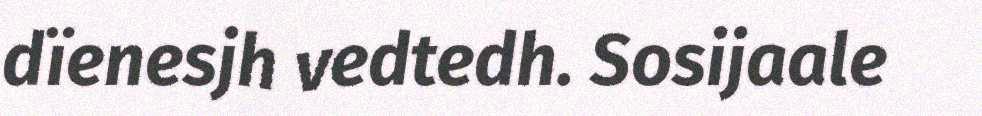
dïenesjh vedtedh. Sosijaale